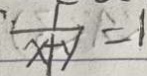
\frac { 1 } { x + y } = 1